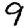
Digit: 9